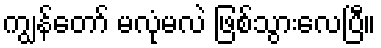
ကျွန်တော် မလုံမလဲ ဖြစ်သွားလေပြီ။